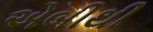
એબીથી